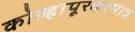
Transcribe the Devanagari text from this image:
कोल्हापूरकरमात्र